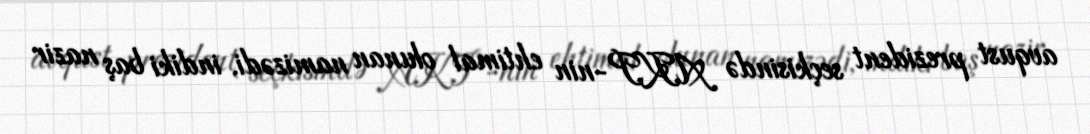
avqust prezident seçkisində AKP-nin ehtimal olunan namizədi, indiki baş nazir